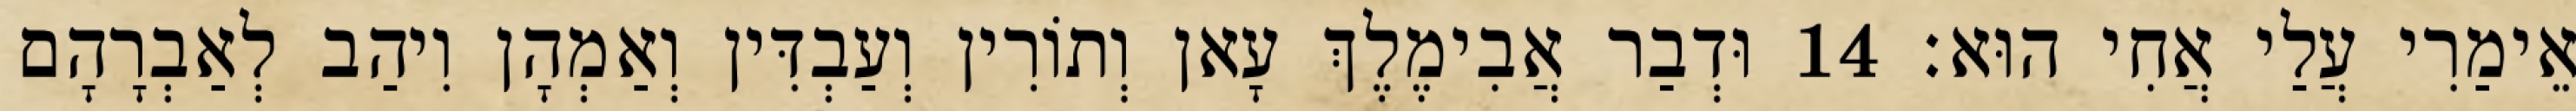
אֵימַרִי עֲלַי אֲחִי הוּא׃ 14 וּדְבַר אֲבִימֶלֶךְ עָאן וְתוֹרִין וְעַבְדִּין וְאַמְהָן וִיהַב לְאַבְרָהָם